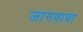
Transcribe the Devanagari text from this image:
जागवावा